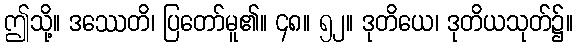
ဤသို့။ ဒဿေတိ၊ ပြတော်မူ၏။ ၄၈။ ၅၂။ ဒုတိယေ၊ ဒုတိယသုတ်၌။